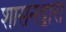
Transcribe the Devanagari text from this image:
शासनद्वारा